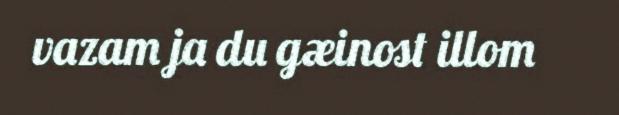
vazam ja du gæinost illom